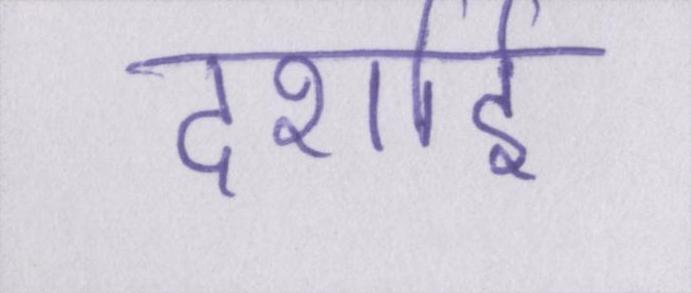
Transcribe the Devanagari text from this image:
दर्शाई